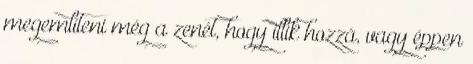
megemlíteni még a zenét, hogy illik hozzá, vagy éppen